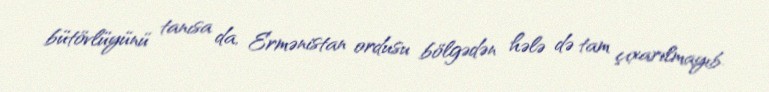
bütövlüyünü tanısa da, Ermənistan ordusu bölgədən hələ də tam çıxarılmayıb.